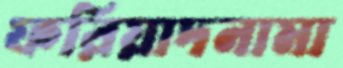
ফরিয়াদনামা